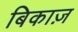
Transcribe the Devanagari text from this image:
बिकाज़